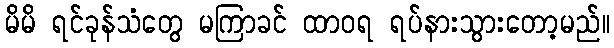
မိမိ ရင်ခုန်သံတွေ မကြာခင် ထာဝရ ရပ်နားသွားတော့မည်။